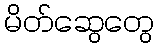
မိတ်ဆွေတွေ